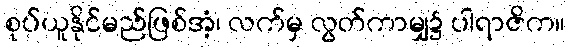
စုပ်ယူနိုင်မည်ဖြစ်အံ့၊ လက်မှ လွတ်ကာမျှ၌ ပါရာဇိက။